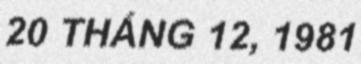
20 THÁNG 12, 1981